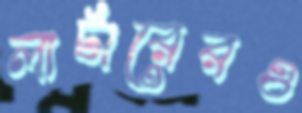
লার্টারেরও